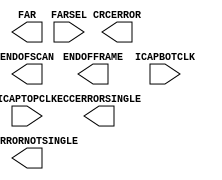
///////////////////////////////////////////////////////////////////////////////
//  Copyright (c) 1995/2015 Xilinx, Inc.
//  All Right Reserved.
///////////////////////////////////////////////////////////////////////////////
//
//   ____   ___
//  /   /\/   / 
// /___/  \  /     Vendor      : Xilinx 
// \   \   \/      Version     : 2015.4
//  \   \          Description : Xilinx Formal Library Component
//  /   /                        
// /___/   /\      Filename    : FRAME_ECCE3.v
// \   \  /  \ 
//  \___\/\___\                    
//                                 
///////////////////////////////////////////////////////////////////////////////
//  Revision:
//     05/30/13 - Initial version.
//  End Revision
///////////////////////////////////////////////////////////////////////////////

`timescale 1 ps / 1 ps 

`celldefine

module FRAME_ECCE3
  `ifdef XIL_TIMING //Simprim
  #(         
  parameter LOC = "UNPLACED"
)
  `endif
(
  output CRCERROR,
  output ECCERRORNOTSINGLE,
  output ECCERRORSINGLE,
  output ENDOFFRAME,
  output ENDOFSCAN,
  output [25:0] FAR,

  input [1:0] FARSEL, 
  input ICAPBOTCLK,
  input ICAPTOPCLK

);

endmodule

`endcelldefine